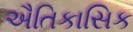
ઐતિકાસિક